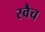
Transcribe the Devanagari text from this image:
स्वैच